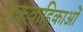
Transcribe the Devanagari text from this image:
शुक्रवाहिकाओं